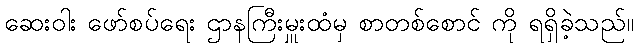
ဆေးဝါး ဖော်စပ်ရေး ဌာနကြီးမှူးထံမှ စာတစ်စောင် ကို ရရှိခဲ့သည်။